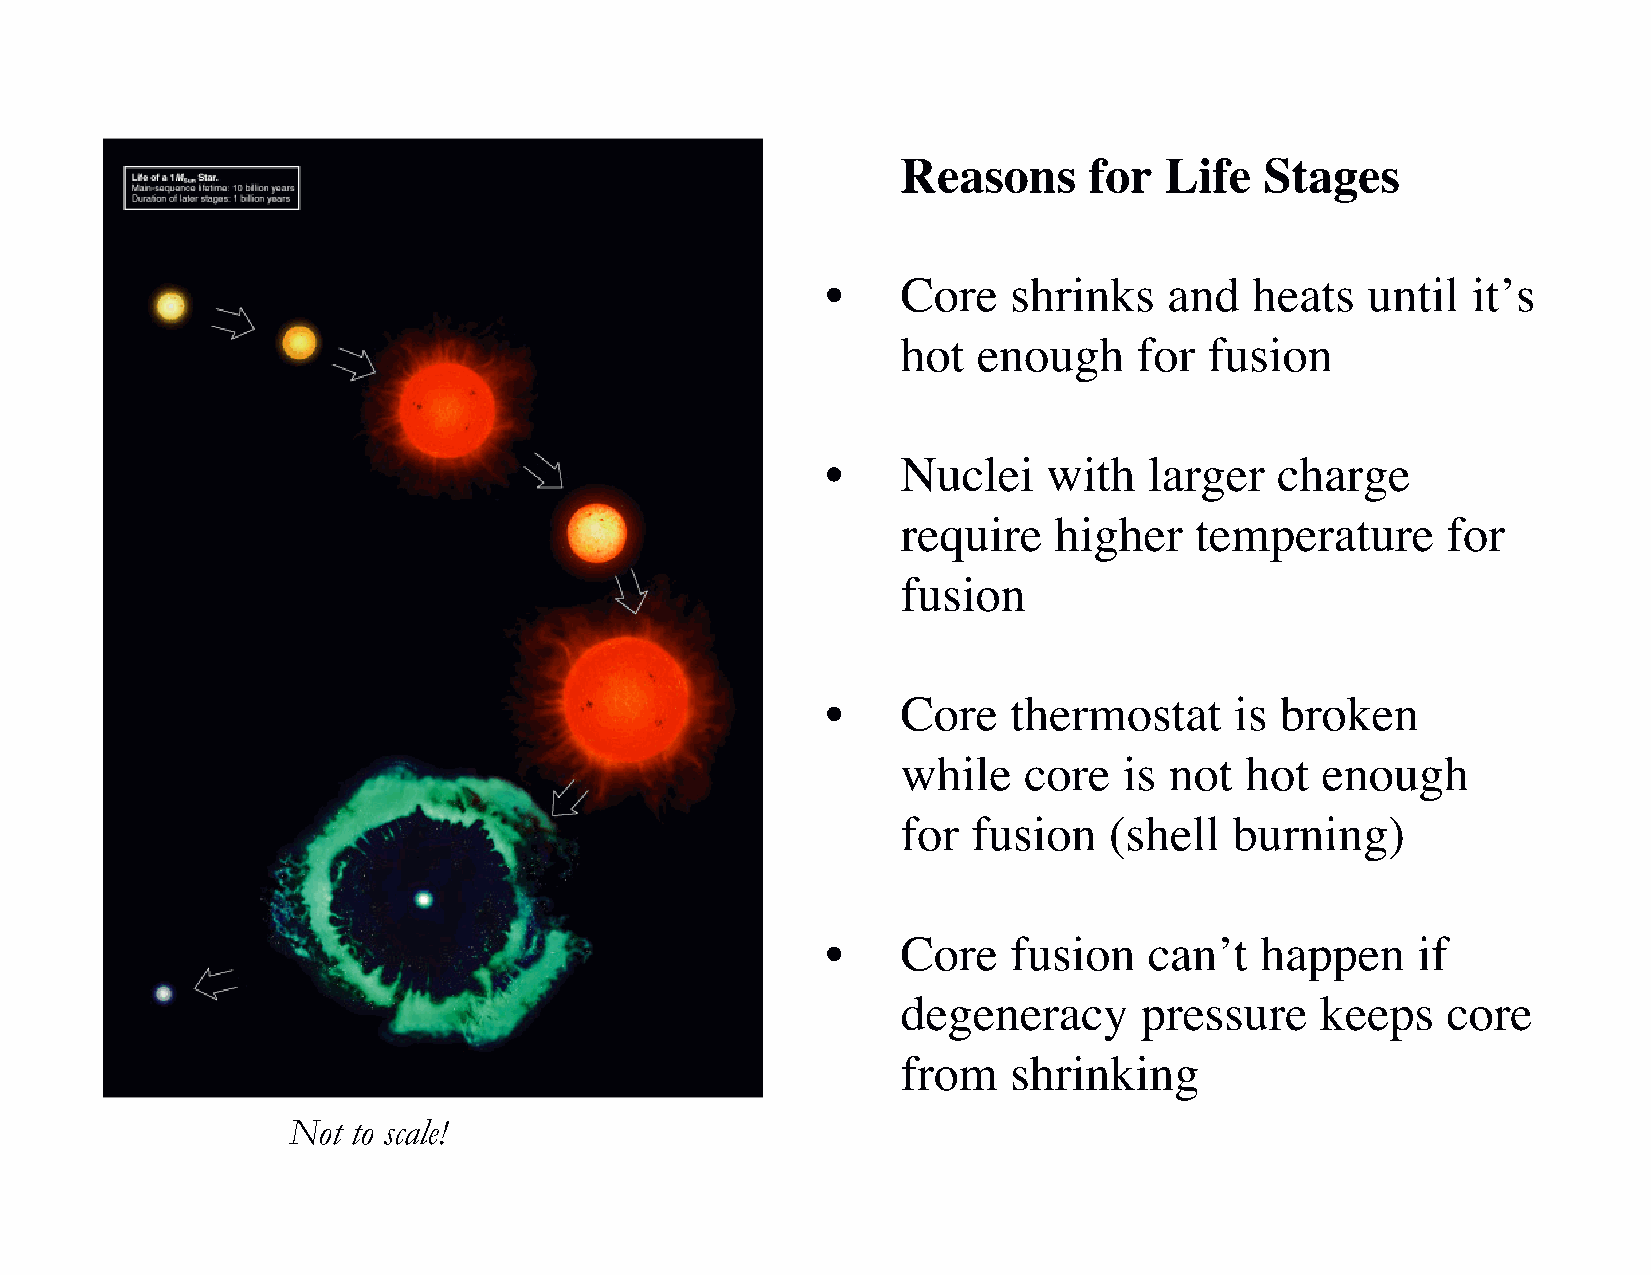
Reasons     for  Life   Stages
 •    Core   shrinks   and   heats  until  it’s
 hot  enough    for  fusion
 •    Nuclei   with   larger  charge
 require   higher   temperature      for
 fusion
 •    Core   thermostat     is broken
 while   core  is not  hot  enough
 for fusion   (shell   burning)
 •    Core   fusion   can’t  happen     if
 degeneracy     pressure    keeps    core
 from   shrinking
 Not to scale!